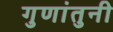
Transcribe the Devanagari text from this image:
गुणांतुनी